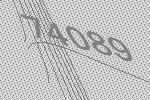
74089